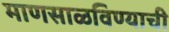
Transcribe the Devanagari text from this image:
माणसाळविण्याची